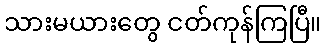
သားမယားတွေ ငတ်ကုန်ကြပြီ။